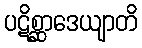
ပဋိစ္ဆာဒေယျာတိ